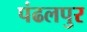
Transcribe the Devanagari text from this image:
पंढलपुर